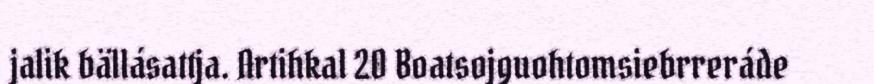
jalik bällásattja. Artihkal 20 Boatsojguohtomsiebrreráde